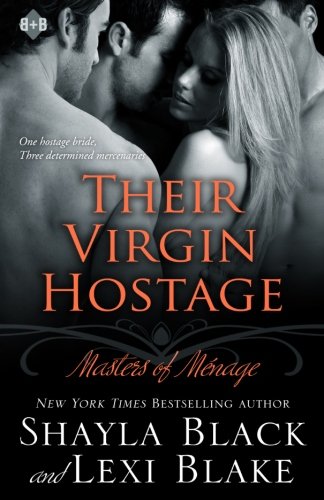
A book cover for Their Virgin Hostage, Masters of MÃ©nage, Book 5  (Masters of Menage) (Volume 5); Shayla Black; Romance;